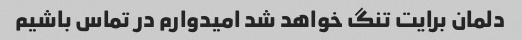
دلمان برایت تنگ خواهد شد امیدوارم در تماس باشیم